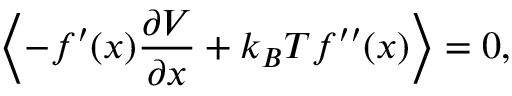
\left\langle - f ^ { \prime } ( x ) { \frac { \partial V } { \partial x } } + k _ { B } T f ^ { \prime \prime } ( x ) \right\rangle = 0 ,